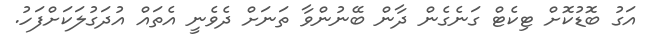
އަގު ބޮޑުކޮށް ޓިކެޓް ގަނެގެން ދާން ބޭނުންވާ ތަނަށް ދެވެނީ އެތައް އުދަގުލަކަށްފަހު.